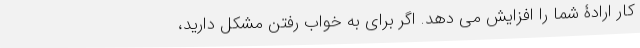
کار ارادۀ شما را افزایش می دهد. اگر برای به خواب رفتن مشکل دارید،